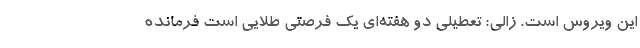
این ویروس است. زالی: تعطیلی دو هفته‌ای یک فرصتی طلایی است فرمانده